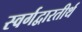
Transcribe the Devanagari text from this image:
स्वर्गद्वारतीर्थ